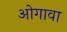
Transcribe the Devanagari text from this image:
ओगावा